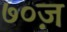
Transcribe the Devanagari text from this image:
७०ज़